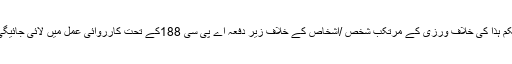
حکم ہذا کی خلاف ورزی کے مرتکب شخص /اشخاص کے خلاف زیر دفعہ اے پی سی 188کے تحت کارروائی عمل میں لائی جائیگی ۔